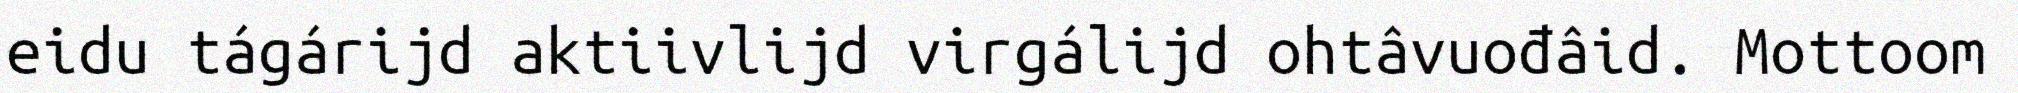
eidu tágárijd aktiivlijd virgálijd ohtâvuođâid. Mottoom